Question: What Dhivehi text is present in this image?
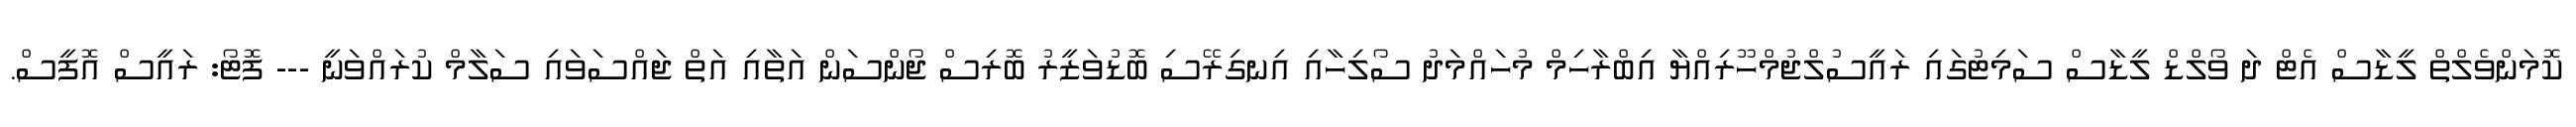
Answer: ކޮމަންވެލްތް ލީޑާސް އެޓް ދަ ވޯލްޑް ލީޑާސް ސަމިޓުގައި ރައީސުލްޖުމްހޫރިއްޔާ އިބްރާހިމް މުހައްމަދު ސޯލިހާއި އިނގިރޭސި ބޮޑުވަޒީރު ބޮރިސް ޖޯންސަން އަތާއި އަތް ޖައްސަވައި ސަލާމް ކުރައްވަނީ --- ފޮޓޯ: ރައީސް އޮފީސް.